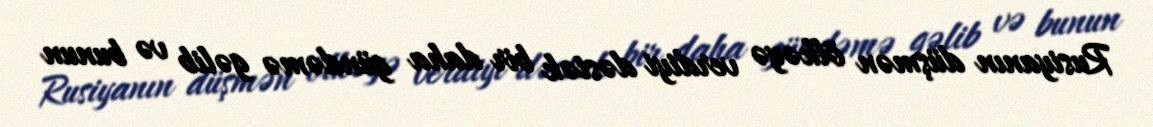
Rusiyanın düşmən ölkəyə verdiyi dəstək bir daha gündəmə gəlib və bunun